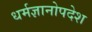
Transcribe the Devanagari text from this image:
धर्मज्ञानोपदेश